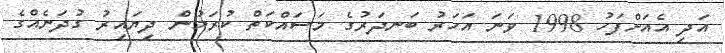
އަދި އެއަށްފަހު 1998 ވަނަ އަހަރު ބަނދަރުގެ މަސައްކަތް ކުރަމުން ދިޔައިރު ގުދަނެއްގެ